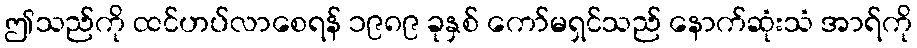
ဤသည်ကို ထင်ဟပ်လာစေရန် ၁၉၈၉ ခုနှစ် ကော်မရှင်သည် နောက်ဆုံးသံ အာရ်ကို